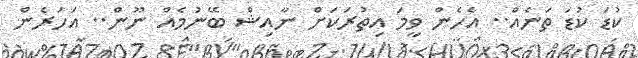
ކުޑަ ކުޑަ ތަނެއް.. އެހެން ވީމަ އިތުރަކަށް ނާއިޝް ބޭނުމެއް ނޫން.. އަހަރެން